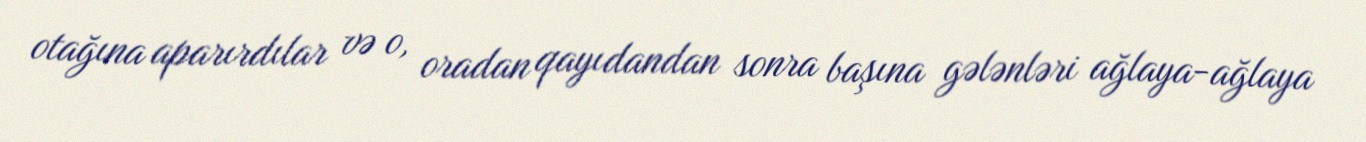
otağına aparırdılar və o, oradan qayıdandan sonra başına gələnləri ağlaya-ağlaya